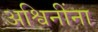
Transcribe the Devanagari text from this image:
अश्विनींना